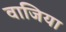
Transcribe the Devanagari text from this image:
वाजिया